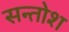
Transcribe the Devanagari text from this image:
सन्तोश